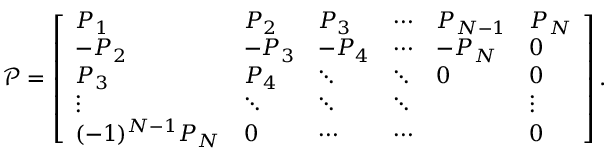
\begin{array} { r } { \mathcal { P } = \left[ \begin{array} { l l l l l l } { P _ { 1 } } & { P _ { 2 } } & { P _ { 3 } } & { \cdots } & { P _ { N - 1 } } & { P _ { N } } \\ { - P _ { 2 } } & { - P _ { 3 } } & { - P _ { 4 } } & { \cdots } & { - P _ { N } } & { 0 } \\ { P _ { 3 } } & { P _ { 4 } } & { \ddots } & { \ddots } & { 0 } & { 0 } \\ { \vdots } & { \ddots } & { \ddots } & { \ddots } & & { \vdots } \\ { ( - 1 ) ^ { N - 1 } P _ { N } } & { 0 } & { \cdots } & { \cdots } & & { 0 } \end{array} \right] . } \end{array}